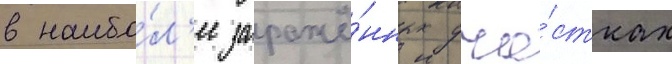
в наибо́л'ее заражё́нных уча́стках